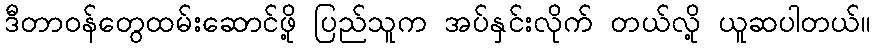
ဒီတာဝန်တွေထမ်းဆောင်ဖို့ ပြည်သူက အပ်နှင်းလိုက် တယ်လို့ ယူဆပါတယ်။